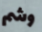
وشم